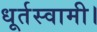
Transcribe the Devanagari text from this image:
धूर्तस्वामी।